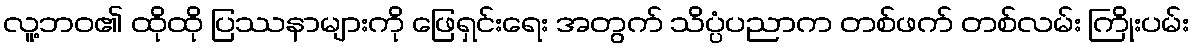
လူ့ဘဝ၏ ထိုထို ပြဿနာများကို ဖြေရှင်းရေး အတွက် သိပ္ပံပညာက တစ်ဖက် တစ်လမ်း ကြိုးပမ်း